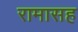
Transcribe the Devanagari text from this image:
रामासह